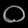
Digit: ၀